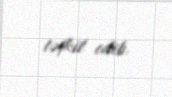
təşkil edib.